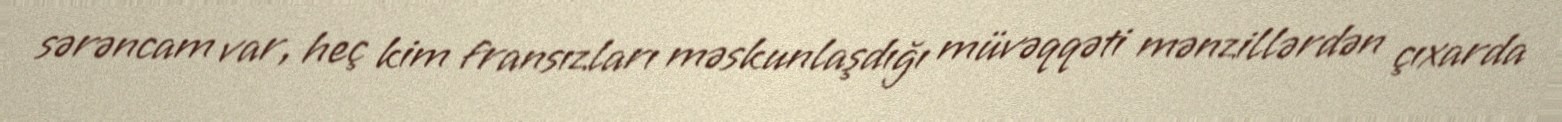
sərəncam var, heç kim fransızları məskunlaşdığı müvəqqəti mənzillərdən çıxarda